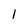
Character: l